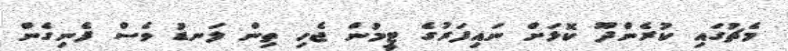
މެޗުގައި ކުރެންދޫ ކޮޅަށް ނައިފަރުގެ ޓީމުން ޖެހި ތިން ލަނޑު ވެސް ފެނިގެން